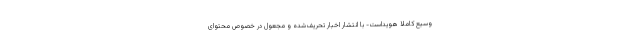
وسیع کاملاً هویداست- با انتشار اخبار تحریف‌شده و مجعول در خصوص محتوای